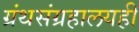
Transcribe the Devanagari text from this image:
ग्रंथसंग्रहालयही